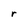
Character: r